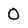
Character: 0